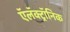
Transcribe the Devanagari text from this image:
ऍलॅक्ट्रॉनिक